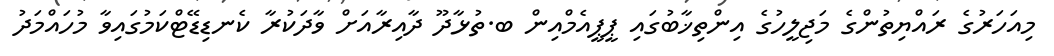
މިއަހަރުގެ ރައްޔިތުންގެ މަޖިލީހުގެ އިންތިޚާބުގައި ޕީޕީއެމްއިން ބ.ތުޅާދޫ ދާއިރާއަށް ވާދަކުރާ ކެނޑިޑޭޓްކަމުގައިވާ މުހައްމަދު